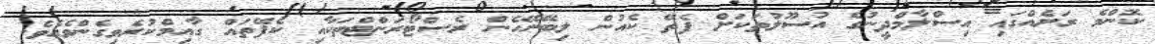
ކޮންމެ ރަށެއްގައި އިސްލާމްދީނުގެ އުސޫލުތަކަށް ފެތޭ ކެއުން ލިބޭނޭހެން ރެސްޓޯރަންޓްތަކާއި ކެފޭތައް ގާއިމްކުރެވިގެންވެއެވެ.